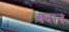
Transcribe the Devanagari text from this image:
बदान